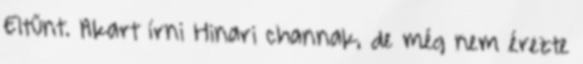
Eltűnt. Akart írni Hinari channak, de még nem érezte